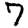
Digit: 7